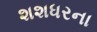
શશધરના